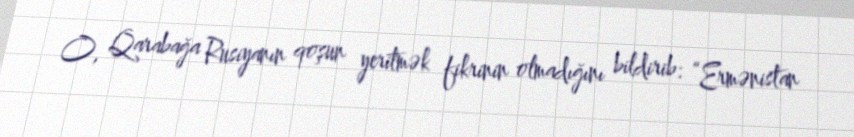
O, Qarabağa Rusiyanın qoşun yeritmək fikrinin olmadığını bildirib: “Ermənistan